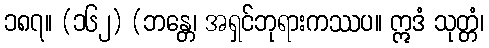
၁၈၇။ (၁၆၂) (ဘန္တေ၊ အရှင်ဘုရားကဿပ။ ဣဒံ သုတ္တံ၊